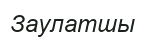
Заулатшы